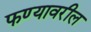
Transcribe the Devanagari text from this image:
फण्यावरील